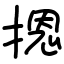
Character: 摁